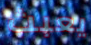
يعبث